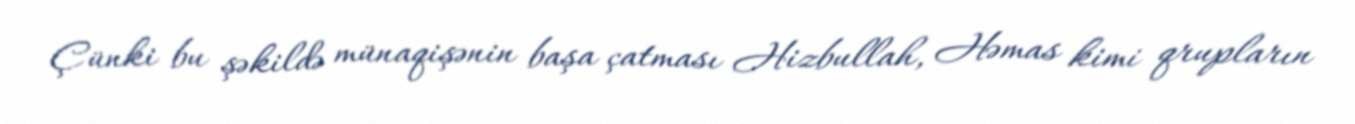
Çünki bu şəkildə münaqişənin başa çatması Hizbullah, Həmas kimi qrupların